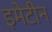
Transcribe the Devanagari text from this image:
इमेटीन